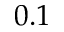
0 . 1